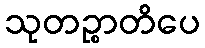
သုတဉ္စာတိပေ